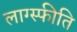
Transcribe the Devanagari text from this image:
लाग्स्फीति